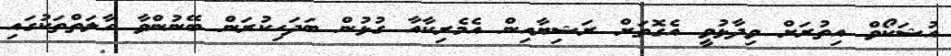
އުޝަކޯވް އިތުރަށް ވިދާޅުވީ އެގޮތަށް ރަޝިޔާއިން އެމެރިކާއާ ގުޅުން ބަދަހިކުރަން ބޭނުންވާ ހާލަތްތަކުގައި